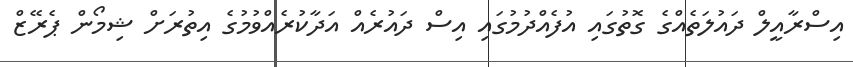
އިސްރާއީލް ދައުލަތެއްގެ ގޮތުގައި އުފެއްދުމުގައި އިސް ދައުރެއް އަދާކުރެއްވުމުގެ އިތުރަށް ޝިމޯން ޕެރޭޒް